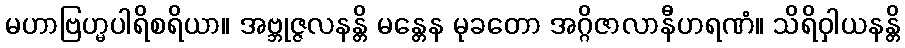
မဟာဗြဟ္မပါရိစရိယာ။ အဗ္ဘုဇ္ဇလနန္တိ မန္တေန မုခတော အဂ္ဂိဇာလာနီဟရဏံ။ သိရိဝှါယနန္တိ